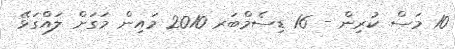
10 މަސް ކުރިން - 16 ޑިސެމްބަރ 2010 މައިން މަގަށް ލައްގަޅޭ